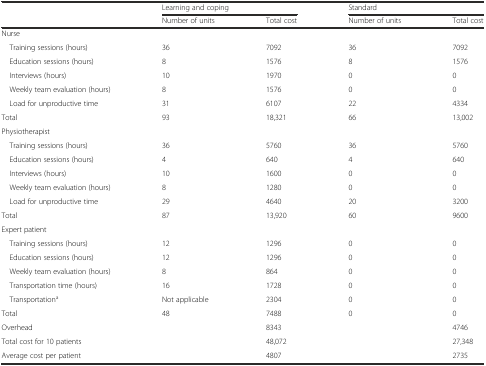
|  | <COLSPAN=2> Learning and coping | <COLSPAN=2> Standard |
 |  | Number of units | Total cost | Number of units | Total cost |
 | --- | --- | --- | --- | --- |
 | Nurse |  |  |  |  |
 | Training sessions (hours) | 36 | 7092 | 36 | 7092 |
 | Education sessions (hours) | 8 | 1576 | 8 | 1576 |
 | Interviews (hours) | 10 | 1970 | 0 | 0 |
 | Weekly team evaluation (hours) | 8 | 1576 | 0 | 0 |
 | Load for unproductive time | 31 | 6107 | 22 | 4334 |
 | Total | 93 | 18,321 | 66 | 13,002 |
 | Physiotherapist |  |  |  |  |
 | Training sessions (hours) | 36 | 5760 | 36 | 5760 |
 | Education sessions (hours) | 4 | 640 | 4 | 640 |
 | Interviews (hours) | 10 | 1600 | 0 | 0 |
 | Weekly team evaluation (hours) | 8 | 1280 | 0 | 0 |
 | Load for unproductive time | 29 | 4640 | 20 | 3200 |
 | Total | 87 | 13,920 | 60 | 9600 |
 | Expert patient |  |  |  |  |
 | Training sessions (hours) | 12 | 1296 | 0 | 0 |
 | Education sessions (hours) | 12 | 1296 | 0 | 0 |
 | Weekly team evaluation (hours) | 8 | 864 | 0 | 0 |
 | Transportation time (hours) | 16 | 1728 | 0 | 0 |
 | Transportationa | Not applicable | 2304 | 0 | 0 |
 | Total | 48 | 7488 | 0 | 0 |
 | Overhead |  | 8343 |  | 4746 |
 | Total cost for 10 patients |  | 48,072 |  | 27,348 |
 | Average cost per patient |  | 4807 |  | 2735 |